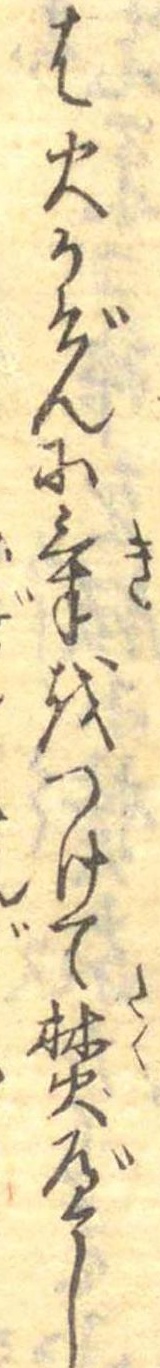
は火かげんに気をつけて焚べし